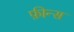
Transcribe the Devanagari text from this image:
फ़ीन्स